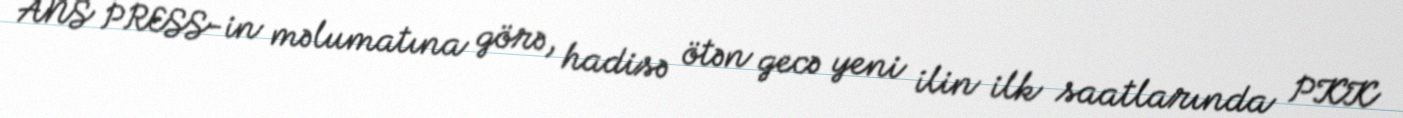
ANS PRESS-in məlumatına görə, hadisə ötən gecə yeni ilin ilk saatlarında PKK